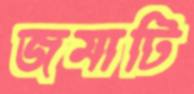
জমাটি